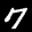
Label: 7